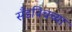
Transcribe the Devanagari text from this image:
सँडविचच्या